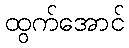
ထွက်အောင်